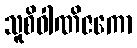
သူစိဝါဏိဇကော